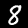
Digit: 8